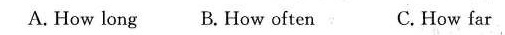
A. How long B. How often C.How far